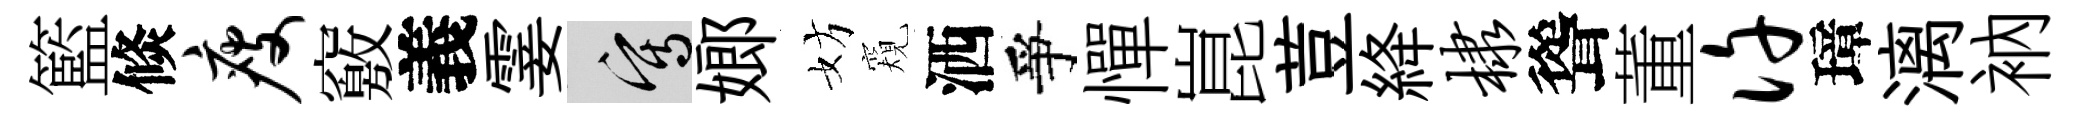
籃倐瘦竅義霎寫嫏妨窺洒爭憚崑荳絳棣聳董许璋漓衲